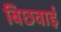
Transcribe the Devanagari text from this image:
बिछवाई